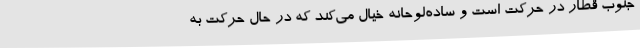
جنوب قطار در حرکت است و ساده‌لوحانه خیال می‌کند که در حال حرکت به